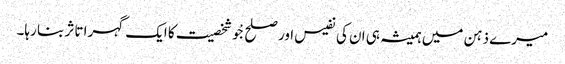
میرے ذہن میں ہمیشہ ہی ان کی نفیس اور صلح جْو شخصیت کا ایک گہرا تاثر بنا رہا۔